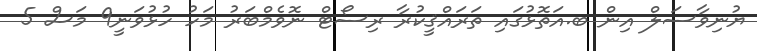
ޔުނިވާސަލް އިން ބ.އަތޮޅުގައި ތަރައްޤީކުރާ ރިސޯޓް ނޮވެމްބަރު މަހު ހުޅުވަނީ9 މަސް 5